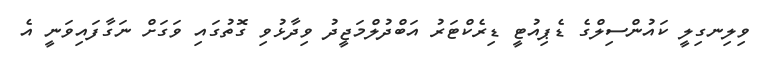
ވިލިނގިލީ ކައުންސިލްގެ ޑެޕިއުޓީ ޑިރެކްޓަރު އަބްދުލްމަޖީދު ވިދާޅުވި ގޮތުގައި ވަގަށް ނަގާފައިވަނީ އެ